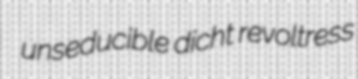
unseducible dicht revoltress